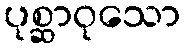
ပုစ္ဆာဝုသော